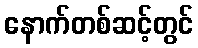
နောက်တစ်ဆင့်တွင်